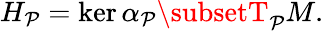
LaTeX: H_{\mathcal{P}}=\ker\alpha_{\mathcal{P}}\subsetT_{\mathcal{P}}M.